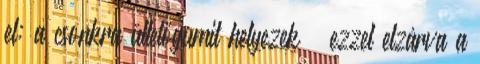
el: a csonkra ültetőgumit helyezek – ezzel elzárva a